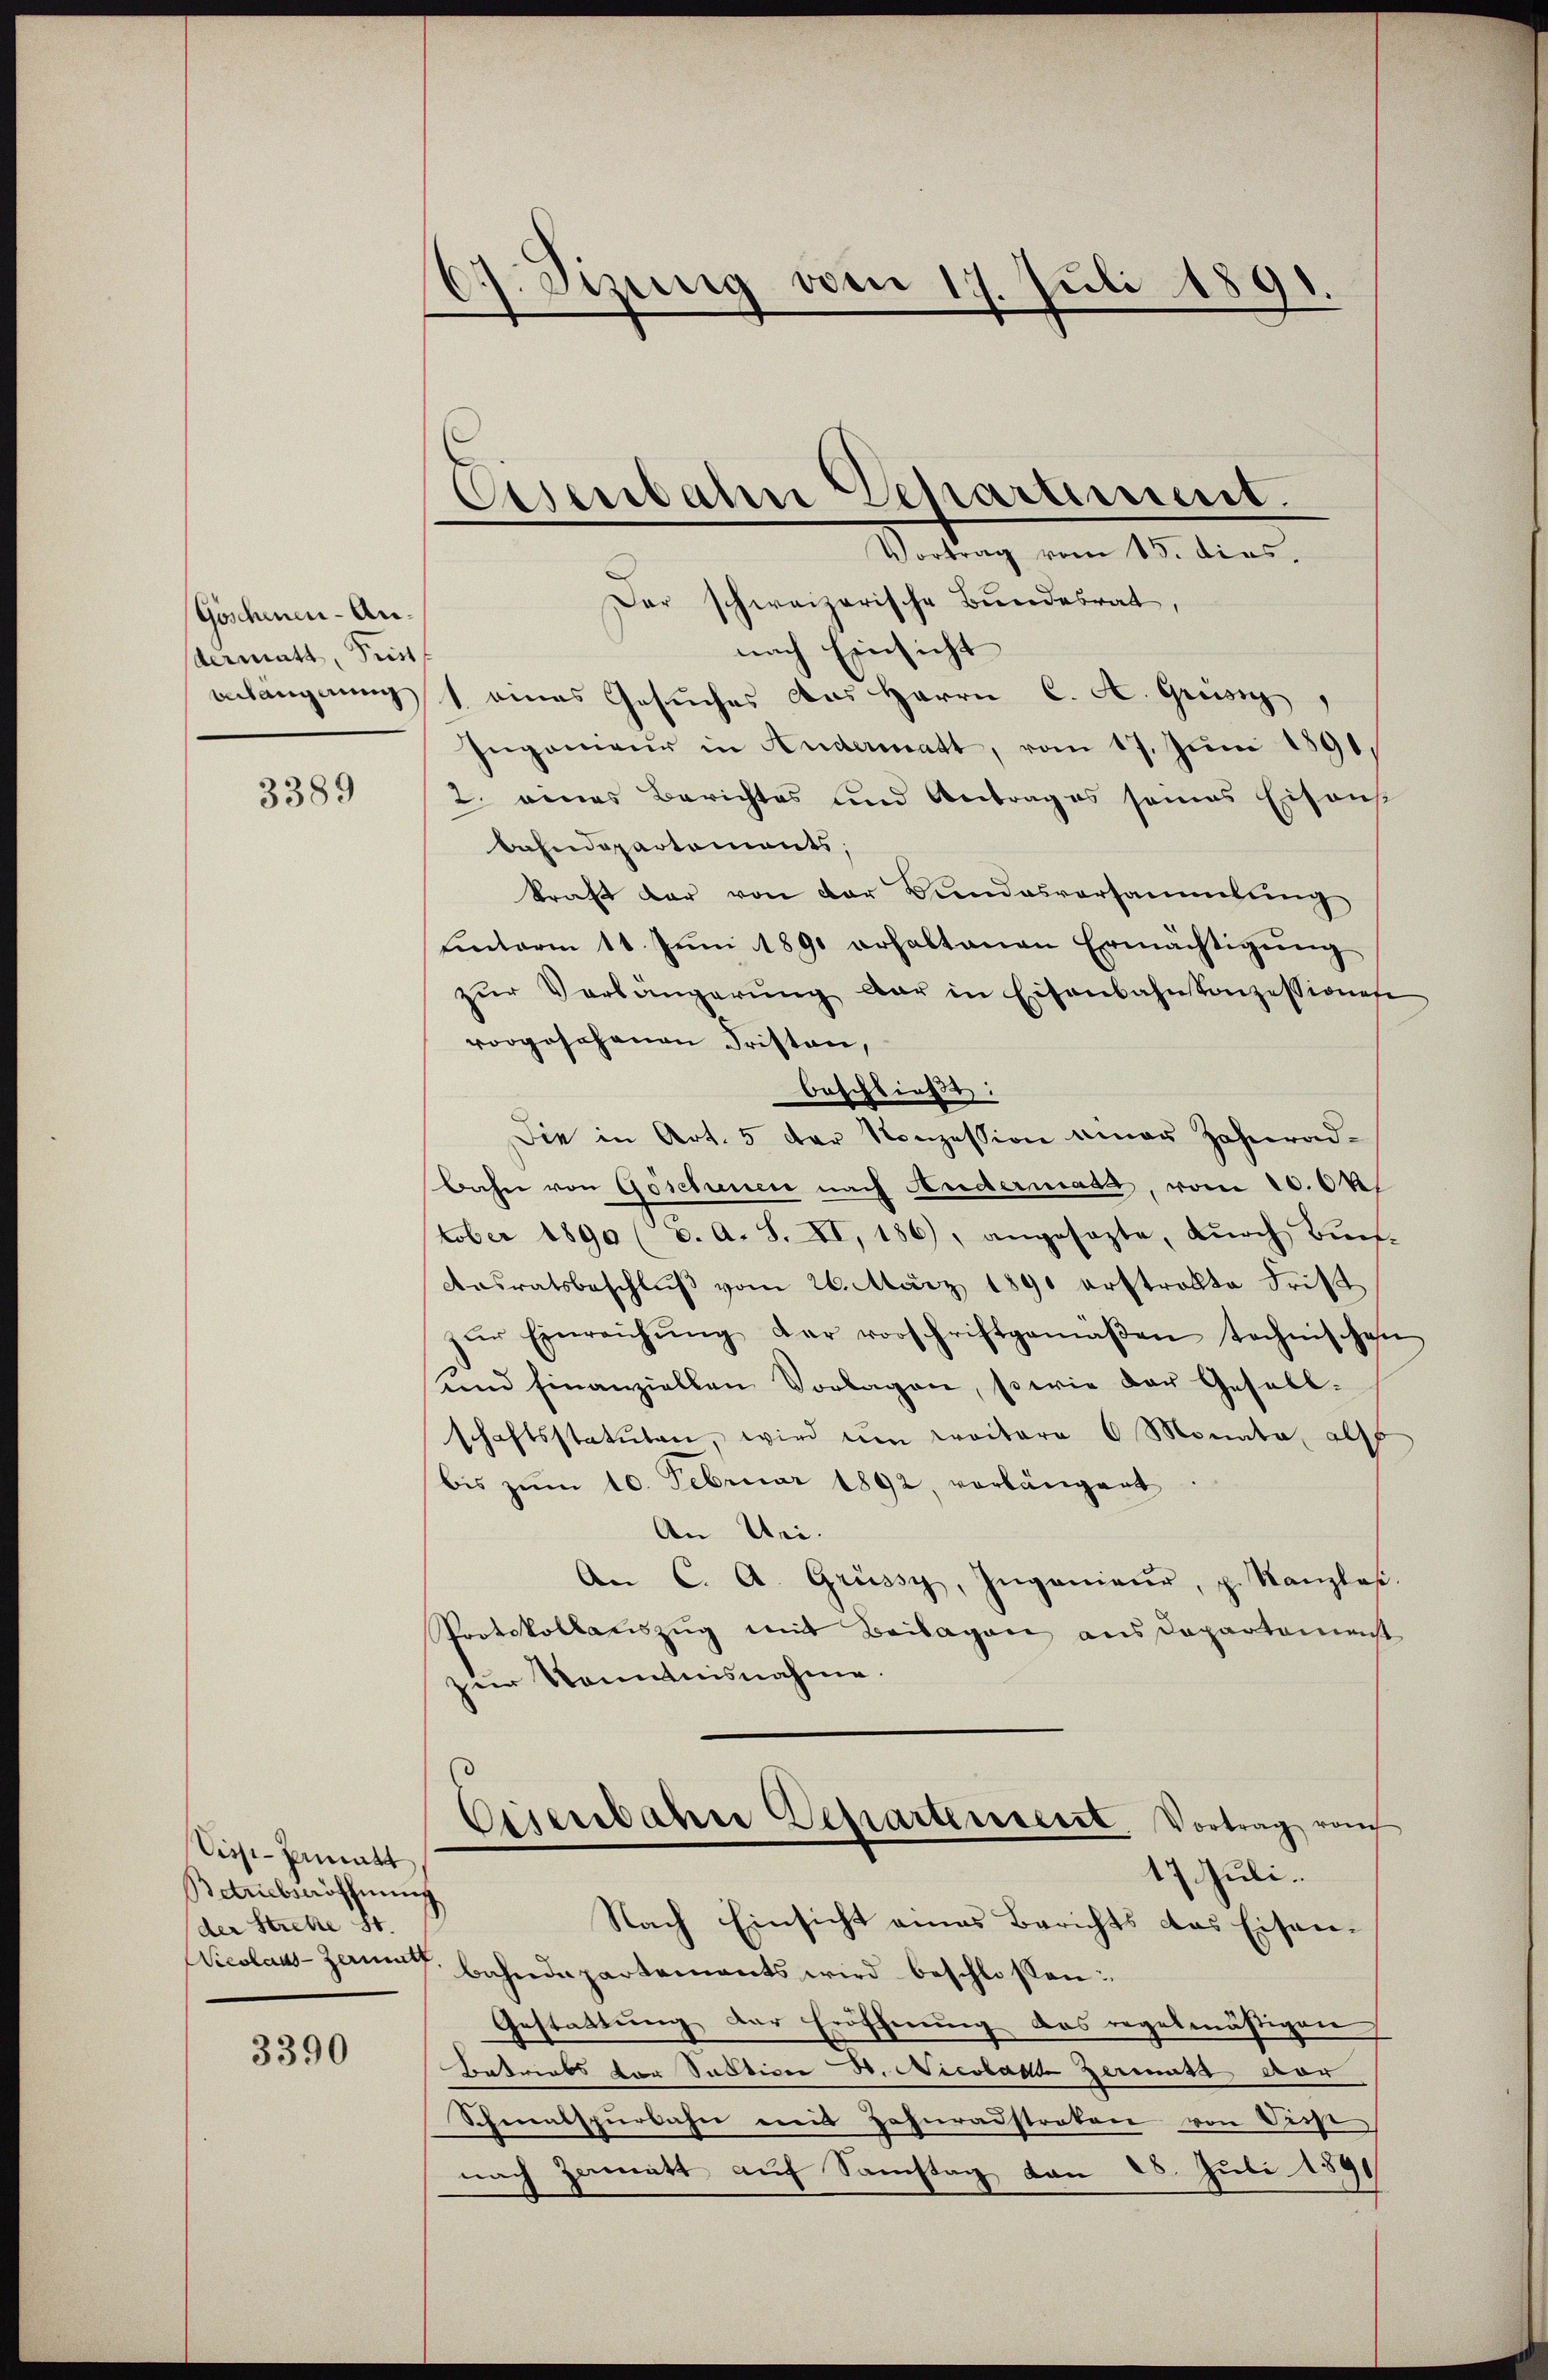
Göschenen-Andermatt, Prist.
Anhangerung

3389

Sicst-Inmatt
Betriebsöhnung
der Strete St.

3390

7. Sizung von 17. Juli 1891.

Eisenbahn Departement.
Vortrag vom 15. dies.

Der schweizerische Bundesrat,
nach Einsicht
1 eines Gesuches aus Herrn C. A. Griesig
Ingenieŭr in Andermatt, vom 17. Jŭni 1891,
2. eines Berichtes und Antrag es seines Eisonst
bahndepartements;
kraft dar von der Bundesversammlung
Einterm 11. Jŭni 1890 erhaltenen Ermächtigŭng
zŭr Verlängerŭng der in Eisenbahnkonzessionese
vorgeschenen Fristen,
Beschließt:
Die in Art. 5 der Konzession einer Zahnradbahn von Göschienen nach Andermata, vom 20. Okt
tober 1890 (c. A. S. XI, 186), angesagte, dŭrch Bünf-
Ansratsbeschluß vom 26. März 1890 erstrollte Frist
zŭr Einreichŭng der vorschriftgemäβen technischen
und hinanziellen Vorlagen, sowie der Gesell-
schaftsstatuten, wird im Kreitere 6 Monata als
bis zum 10. Februar 1892, vorlängert
An Uri.
An C. A. Grüssy, Ingenieur, p. Kanzlaβ.
Protokollauszug mit Beilagen aus Departamenst
zur Kenntnisnahme.
Cisenbahre Departenseret. Vortrag von
17. Juli.
Nach Einsicht eines Berichts das Eisen¬
Nicolaus-Zaunt, Bahndepartements wird beschlossen:
Gestattung der Eröffnung das regelmäßigen
Betriebs vor Sustice d. Nicolade germutt vor
Schmalspurbahn mit Hohnradstraten von Diese
nach Zamatt auf Samstag von 28. Juli 1891